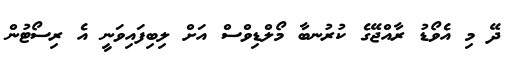
ދޭ މި އެވޯޑު ރާއްޖޭގެ ކުރުނބާ މޯލްޑިވްސް އަށް ލިބިފައިވަނީ އެ ރިސޯޓުން